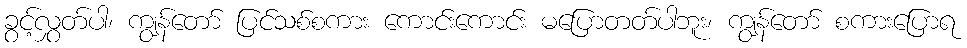
ခွင့်လွှတ်ပါ၊ ကျွန်တော် ပြင်သစ်စကား ကောင်းကောင်း မပြောတတ်ပါဘူး၊ ကျွန်တော် စကားပြောရ